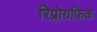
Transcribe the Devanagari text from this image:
रिप्रोग्रफिक